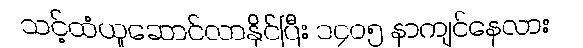
သင့်ထံယူဆောင်လာနိုင်ပြီး ၁၄၀၅ နာကျင်နေလား